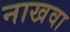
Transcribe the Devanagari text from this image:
नाखवा